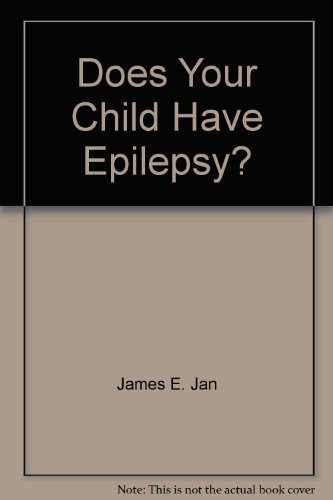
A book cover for Does Your Child Have Epilepsy?; James E. Jan; Health, Fitness & Dieting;